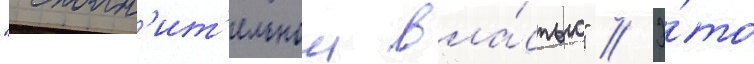
"исполн'ит'ельнои вла́стью" // Э́то